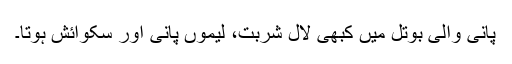
پانی والی بوتل میں کبھی لال شربت، لیموں پانی اور سکوائش ہوتا۔